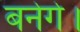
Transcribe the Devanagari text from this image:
बनेगे।